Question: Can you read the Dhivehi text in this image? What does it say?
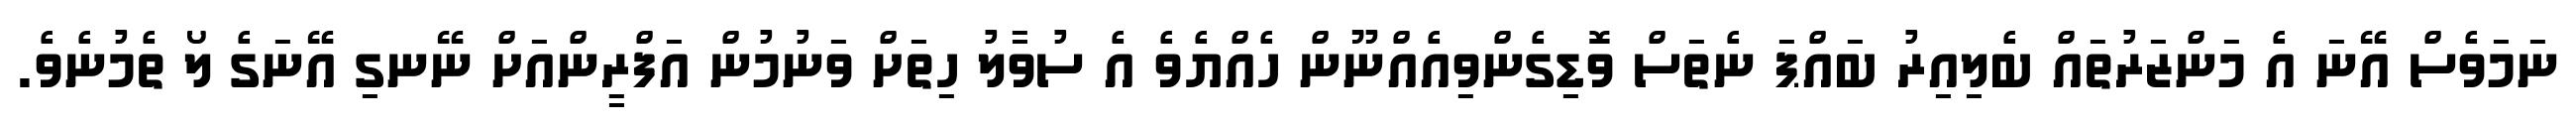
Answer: ނަމަވެސް އޭނަ އެ މަންޒަރުތައް ބެލިއިރު ބައްޕަ ނެތަސް ވޮޑިގެންވިއެއްނޫން ހެއްޔެވެ އެ ސުވާލު ހިތަށް ވަނުމުން އަފްރީންއަށް ނޭނގި އޭނަގެ ލޯ ތެމުނެވެ.